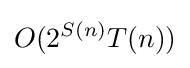
O(2^{S(n)}T(n))